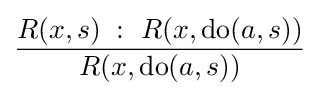
{\frac {R(x,s)\;:\ R(x,\mathrm {do} (a,s))}{R(x,\mathrm {do} (a,s))}}